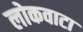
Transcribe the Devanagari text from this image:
लोकवाटा